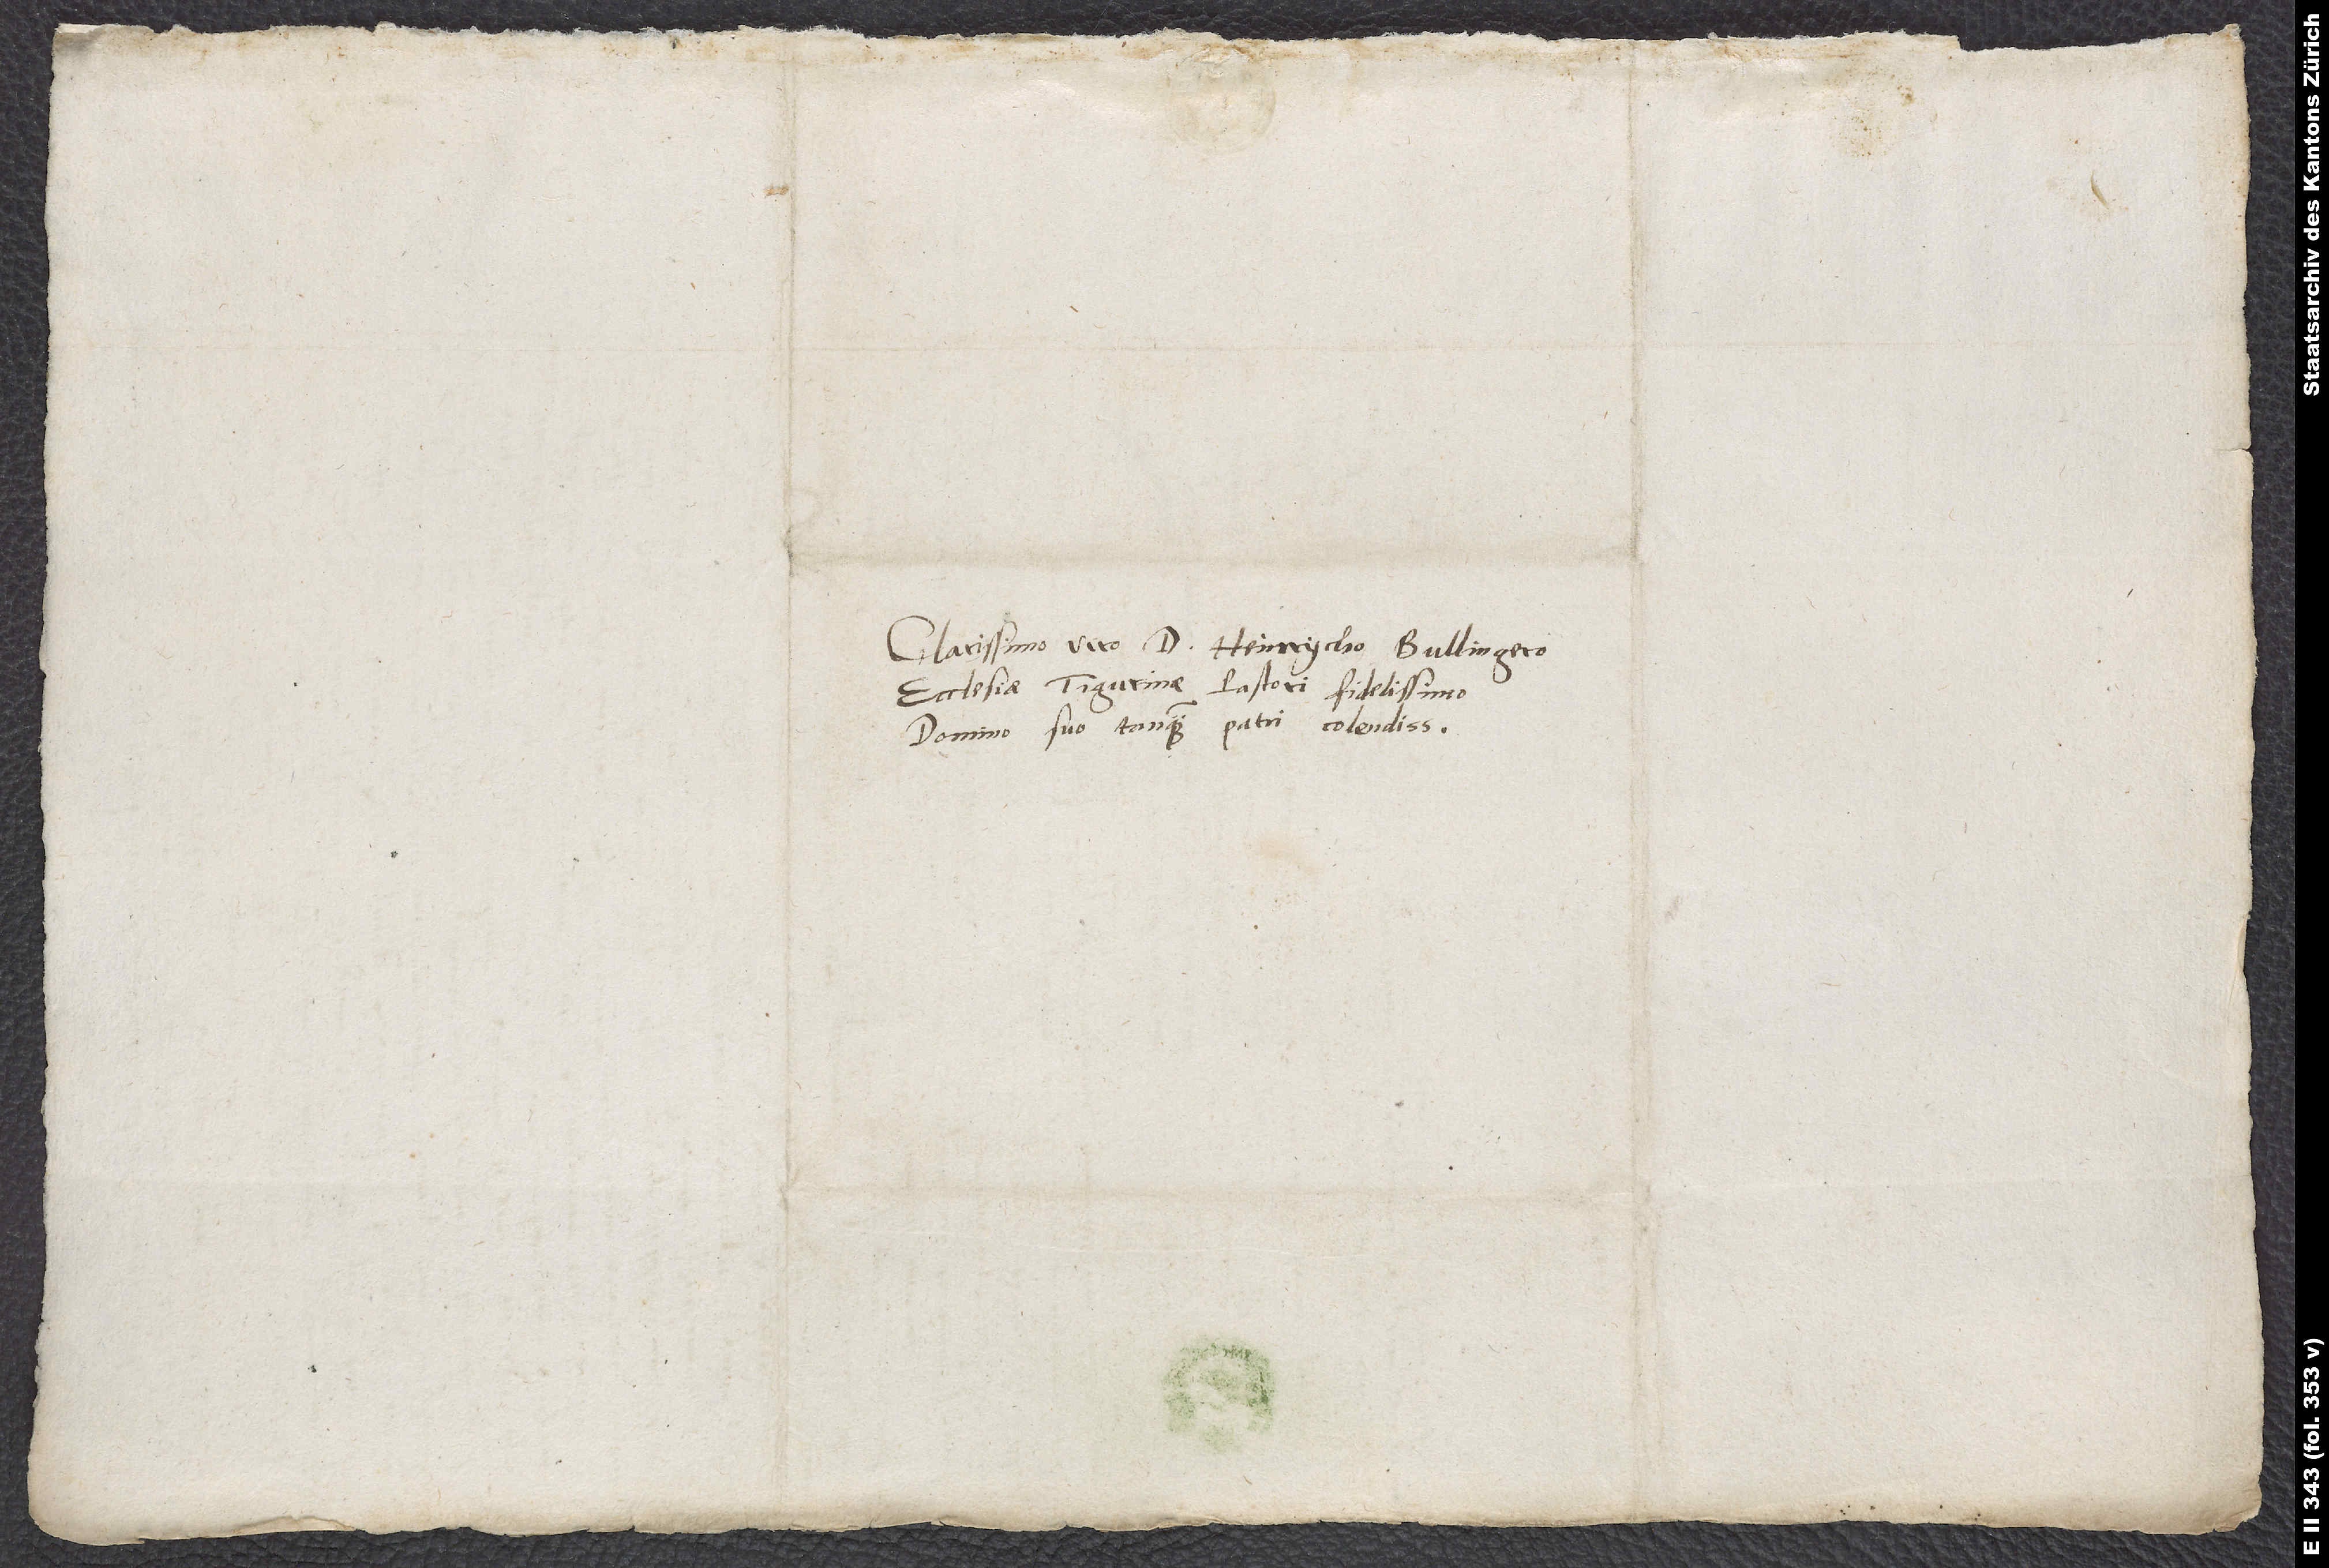
Clarissimo viro d. Heinrycho Bullingero,
ecclesiae Tigurinae pastori fidelissimo,
domino suo tanquam patri colendissimo.